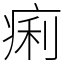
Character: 痢